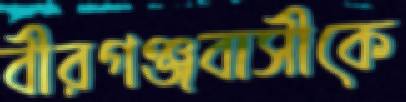
বীরগঞ্জবাসীকে